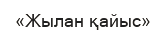
«Жылан қайыс»